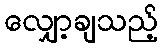
လျှော့ချသည့်